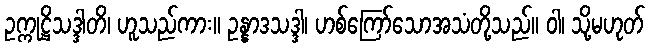
ဥက္ကုဋ္ဌိသဒ္ဒါတိ၊ ဟူသည်ကား။ ဥန္နာဒသဒ္ဒါ၊ ဟစ်ကြော်သောအသံတို့သည်။ ဝါ၊ သို့မဟုတ်